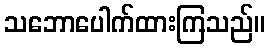
သဘောပေါက်ထားကြသည်။